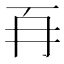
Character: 𭁡